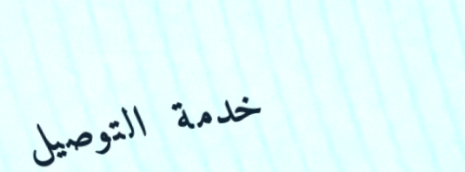
خدمة التوصيل